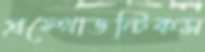
প্রস্থোডন্টিকস